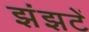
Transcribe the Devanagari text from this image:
झंझटें